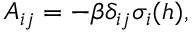
A _ { i j } = - \beta \delta _ { i j } \sigma _ { i } ( h ) ,